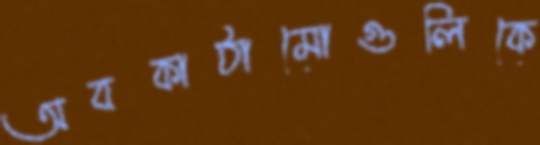
অবকাঠামোগুলিকে